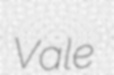
Vale